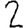
Digit: 2